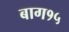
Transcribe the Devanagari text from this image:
बाग१५